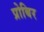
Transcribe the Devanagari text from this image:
प्रोबिर